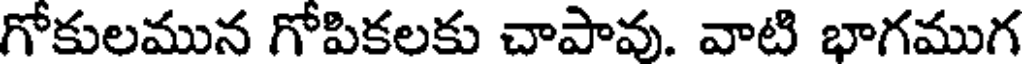
గోకులమున గోపికలకు చాపావు. వాటి భాగముగ